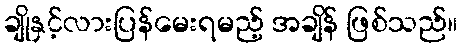
ချိုနှင့်လားပြန်မေးရမည့် အချိန် ဖြစ်သည်။